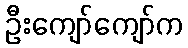
ဦးကျော်ကျော်က